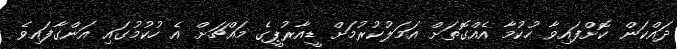
ދައްކަން ކޮށްފައިވާ ހުކުމާ އެއްގޮތަށް އަމަލުކުރުމަށް ޑީއާރުޕީގެ މައްޗަށް އެ ހުކުމުގައި އަންގާފައިވެ